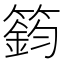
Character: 𥳾